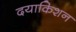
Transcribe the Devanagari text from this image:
दयाकिशन